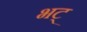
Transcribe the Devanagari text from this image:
भट्